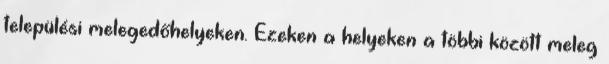
települési melegedőhelyeken. Ezeken a helyeken a többi között meleg